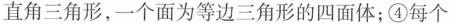
直角三角形，一个面为等边三角形的四面体；④每个